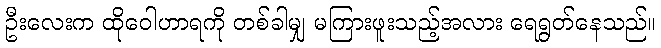
ဦးလေးက ထိုဝေါဟာရကို တစ်ခါမျှ မကြားဖူးသည့်အလား ရေရွတ်နေသည်။